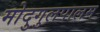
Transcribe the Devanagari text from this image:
मोदुगुलपालम